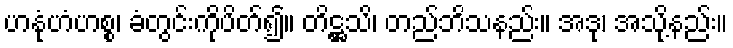
ဟနုံဟံဟစ္စ၊ ခံတွင်းကိုပိတ်၍။ တိဋ္ဌသိ၊ တည်ဘိသနည်း။ အဒု၊ အသို့နည်း။